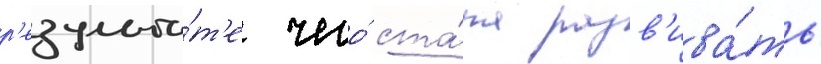
р'езульта́т'е чего́ ста́ла разв'ива́ть